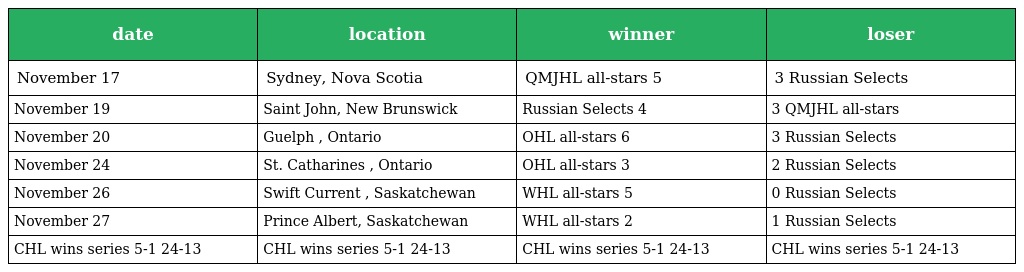
| date | location | winner | loser |
 | --- | --- | --- | --- |
 | November 17 | Sydney, Nova Scotia | QMJHL all-stars 5 | 3 Russian Selects |
 | November 19 | Saint John, New Brunswick | Russian Selects 4 | 3 QMJHL all-stars |
 | November 20 | Guelph , Ontario | OHL all-stars 6 | 3 Russian Selects |
 | November 24 | St. Catharines , Ontario | OHL all-stars 3 | 2 Russian Selects |
 | November 26 | Swift Current , Saskatchewan | WHL all-stars 5 | 0 Russian Selects |
 | November 27 | Prince Albert, Saskatchewan | WHL all-stars 2 | 1 Russian Selects |
 | CHL wins series 5-1 24-13 | CHL wins series 5-1 24-13 | CHL wins series 5-1 24-13 | CHL wins series 5-1 24-13 |